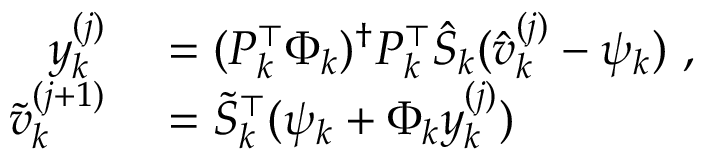
\begin{array} { r l } { y _ { k } ^ { ( j ) } } & { { } = ( P _ { k } ^ { \top } \Phi _ { k } ) ^ { \dagger } P _ { k } ^ { \top } \hat { S } _ { k } ( \hat { v } _ { k } ^ { ( j ) } - \psi _ { k } ) \mathrm { ~ , ~ } } \\ { \tilde { v } _ { k } ^ { ( j + 1 ) } } & { { } = \tilde { S } _ { k } ^ { \top } ( \psi _ { k } + \Phi _ { k } y _ { k } ^ { ( j ) } ) } \end{array}